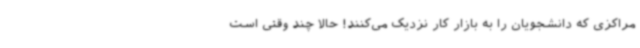
مراکزی که دانشجویان را به بازار کار نزدیک می‌کنند! حالا چند وقتی است